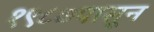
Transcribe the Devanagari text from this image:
१९८७पासून